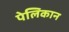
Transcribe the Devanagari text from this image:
पेलिकान